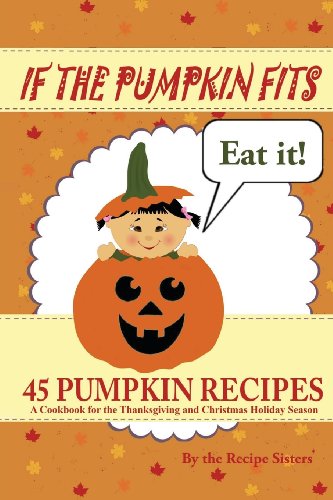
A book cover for If the Pumpkin Fits, Eat It! 45 Pumpkin Recipes (A Cookbook for the Thanksgiving and Christmas Holiday Season); The Recipe Sisters; Cookbooks, Food & Wine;